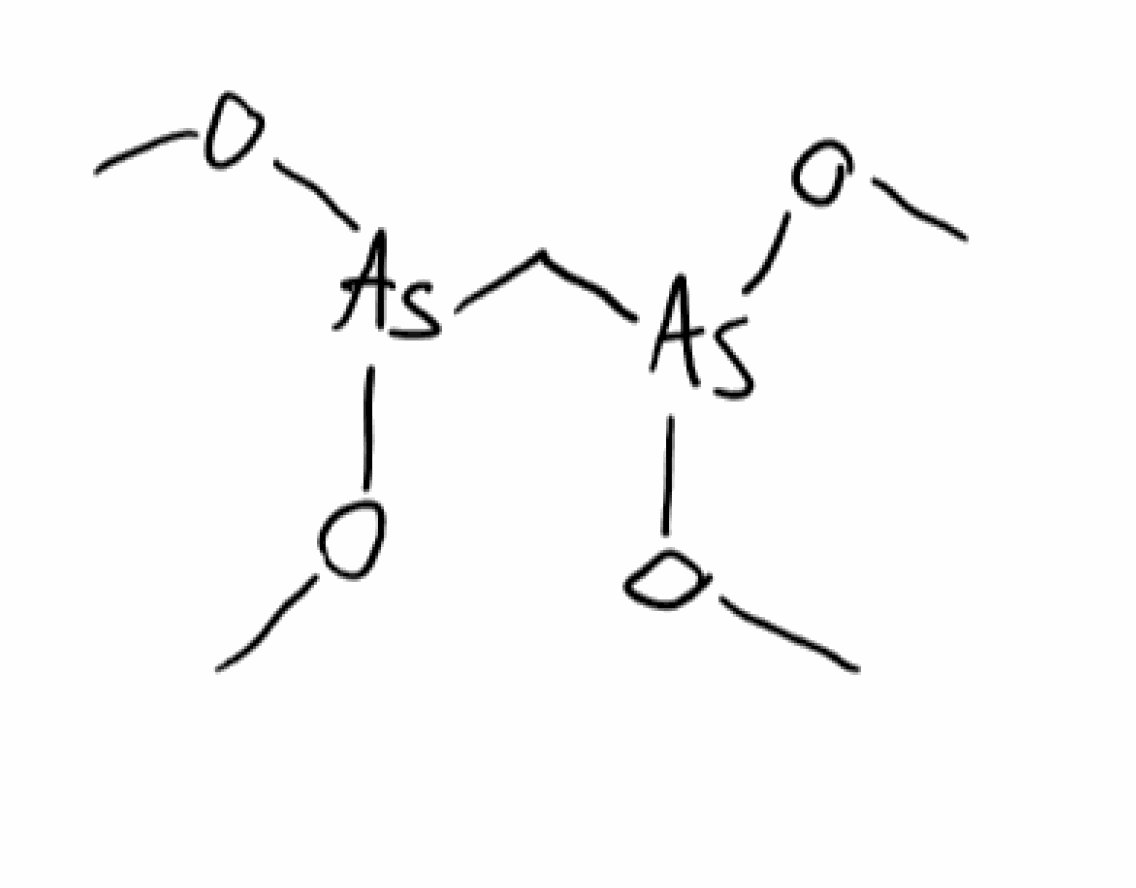
Simplified molecular-input line-entry system (SMILES) notation of the given molecule:
CO[As](C[As](OC)OC)OC